Code of medical and sanitary regulations for the guidance of medical officers serving in the Madras Presidency - Volume I
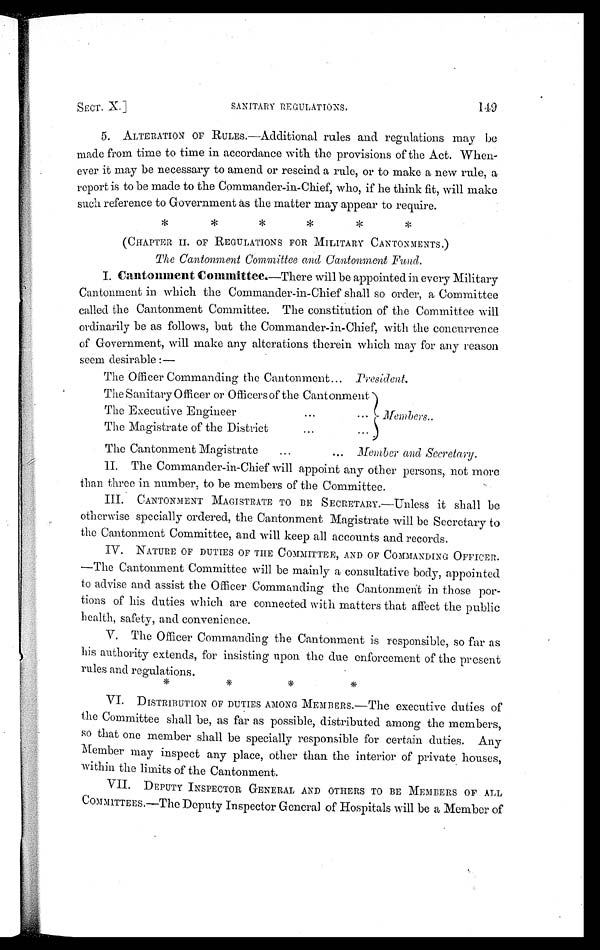
SECT. X.]
SANITARY REGULATIONS.
149
5. ALTERATION OF RULES.—Additional rules and regulations may be
made from time to time in accordance with the provisions of the Act. When-
ever it may be necessary to amend or rescind a rule, or to make a new rule, a
report is to be made to the Commander-in-Chief, who, if he think fit, will make
such reference to Government as the matter may appear to require.
* * * * * *
(CHAPTER II. OF REGULATIONS FOR MILITARY CANTONMENTS.)
The Cantonment Committee and Cantonment Fund.
I. Cantonment Committee.—There will be appointed in every Military
Cantonment in which the Commander-in-Chief shall so order, a Committee
called the Cantonment Committee. The constitution of the Committee will
ordinarily be as follows, but the Commander-in-Chief, with the concurrence
of Government, will make any alterations therein which may for any reason
seem desirable :—
The Officer Commanding the Cantonment... President.
The Sanitary Officer or Officers of the Cantonment
The Executive Engineer
...
... Members ..
The Magistrate of the District
...
...
The Cantonment Magistrate
...
... Member and Secretary.
II. The Commander-in-Chief will appoint any other persons, not more
than three in number, to be members of the Committee.
III. CANTONMENT MAGISTRATE TO BE SECRETARY.—Unless it shall be
otherwise specially ordered, the Cantonment Magistrate will be Secretary to
the Cantonment Committee, and will keep all accounts and records.
IV. NATURE OF DUTIES OF THE COMMITTEE, AND OF COMMANDING OFFICER
.—The Cantonment Committee will be mainly a consultative body, appointed
to advise and assist the Officer Commanding the Cantonment i.n those por-
tions of his duties which are connected with matters that affect the public
health, safety, and convenience.
V. The Officer Commanding the Cantonment is responsible, so far as
his authority extends, for insisting upon the due enforcement of the present
rules and regulations. * * * *
VI. DISTRIBUTION OF DUTIES AMONG MEMBERS.—The executive duties of
the Committee shall be, as far as possible, distributed among the members,
so that one member shall be specially responsible for certain duties. Any
Member may inspect any place, other than the interior of private houses,
within the limits of the Cantonment.
VII. DEPUTY INSPECTOR GENERAL AND OTHERS TO BE MEMBERS OF ALL
COMMITTEES.—The Deputy Inspector General of Hospitals will be a Member of